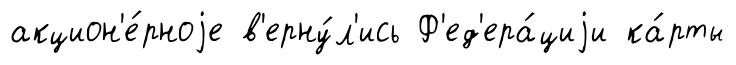
акцион'е́рноjе в'ерну́л'ись Ф'ед'ера́циjи ка́рты